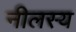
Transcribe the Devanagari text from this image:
नीलस्य